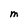
Character: M